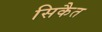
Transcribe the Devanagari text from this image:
सिकैत